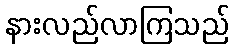
နားလည်လာကြသည်